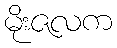
မိုးဇလက